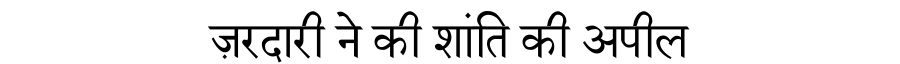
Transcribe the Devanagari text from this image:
ज़रदारी ने की शांति की अपील